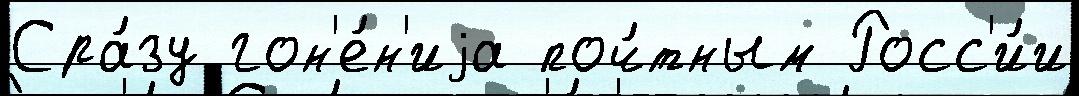
Сра́зу гон'е́н'иjа поч́тным Росс'и́и